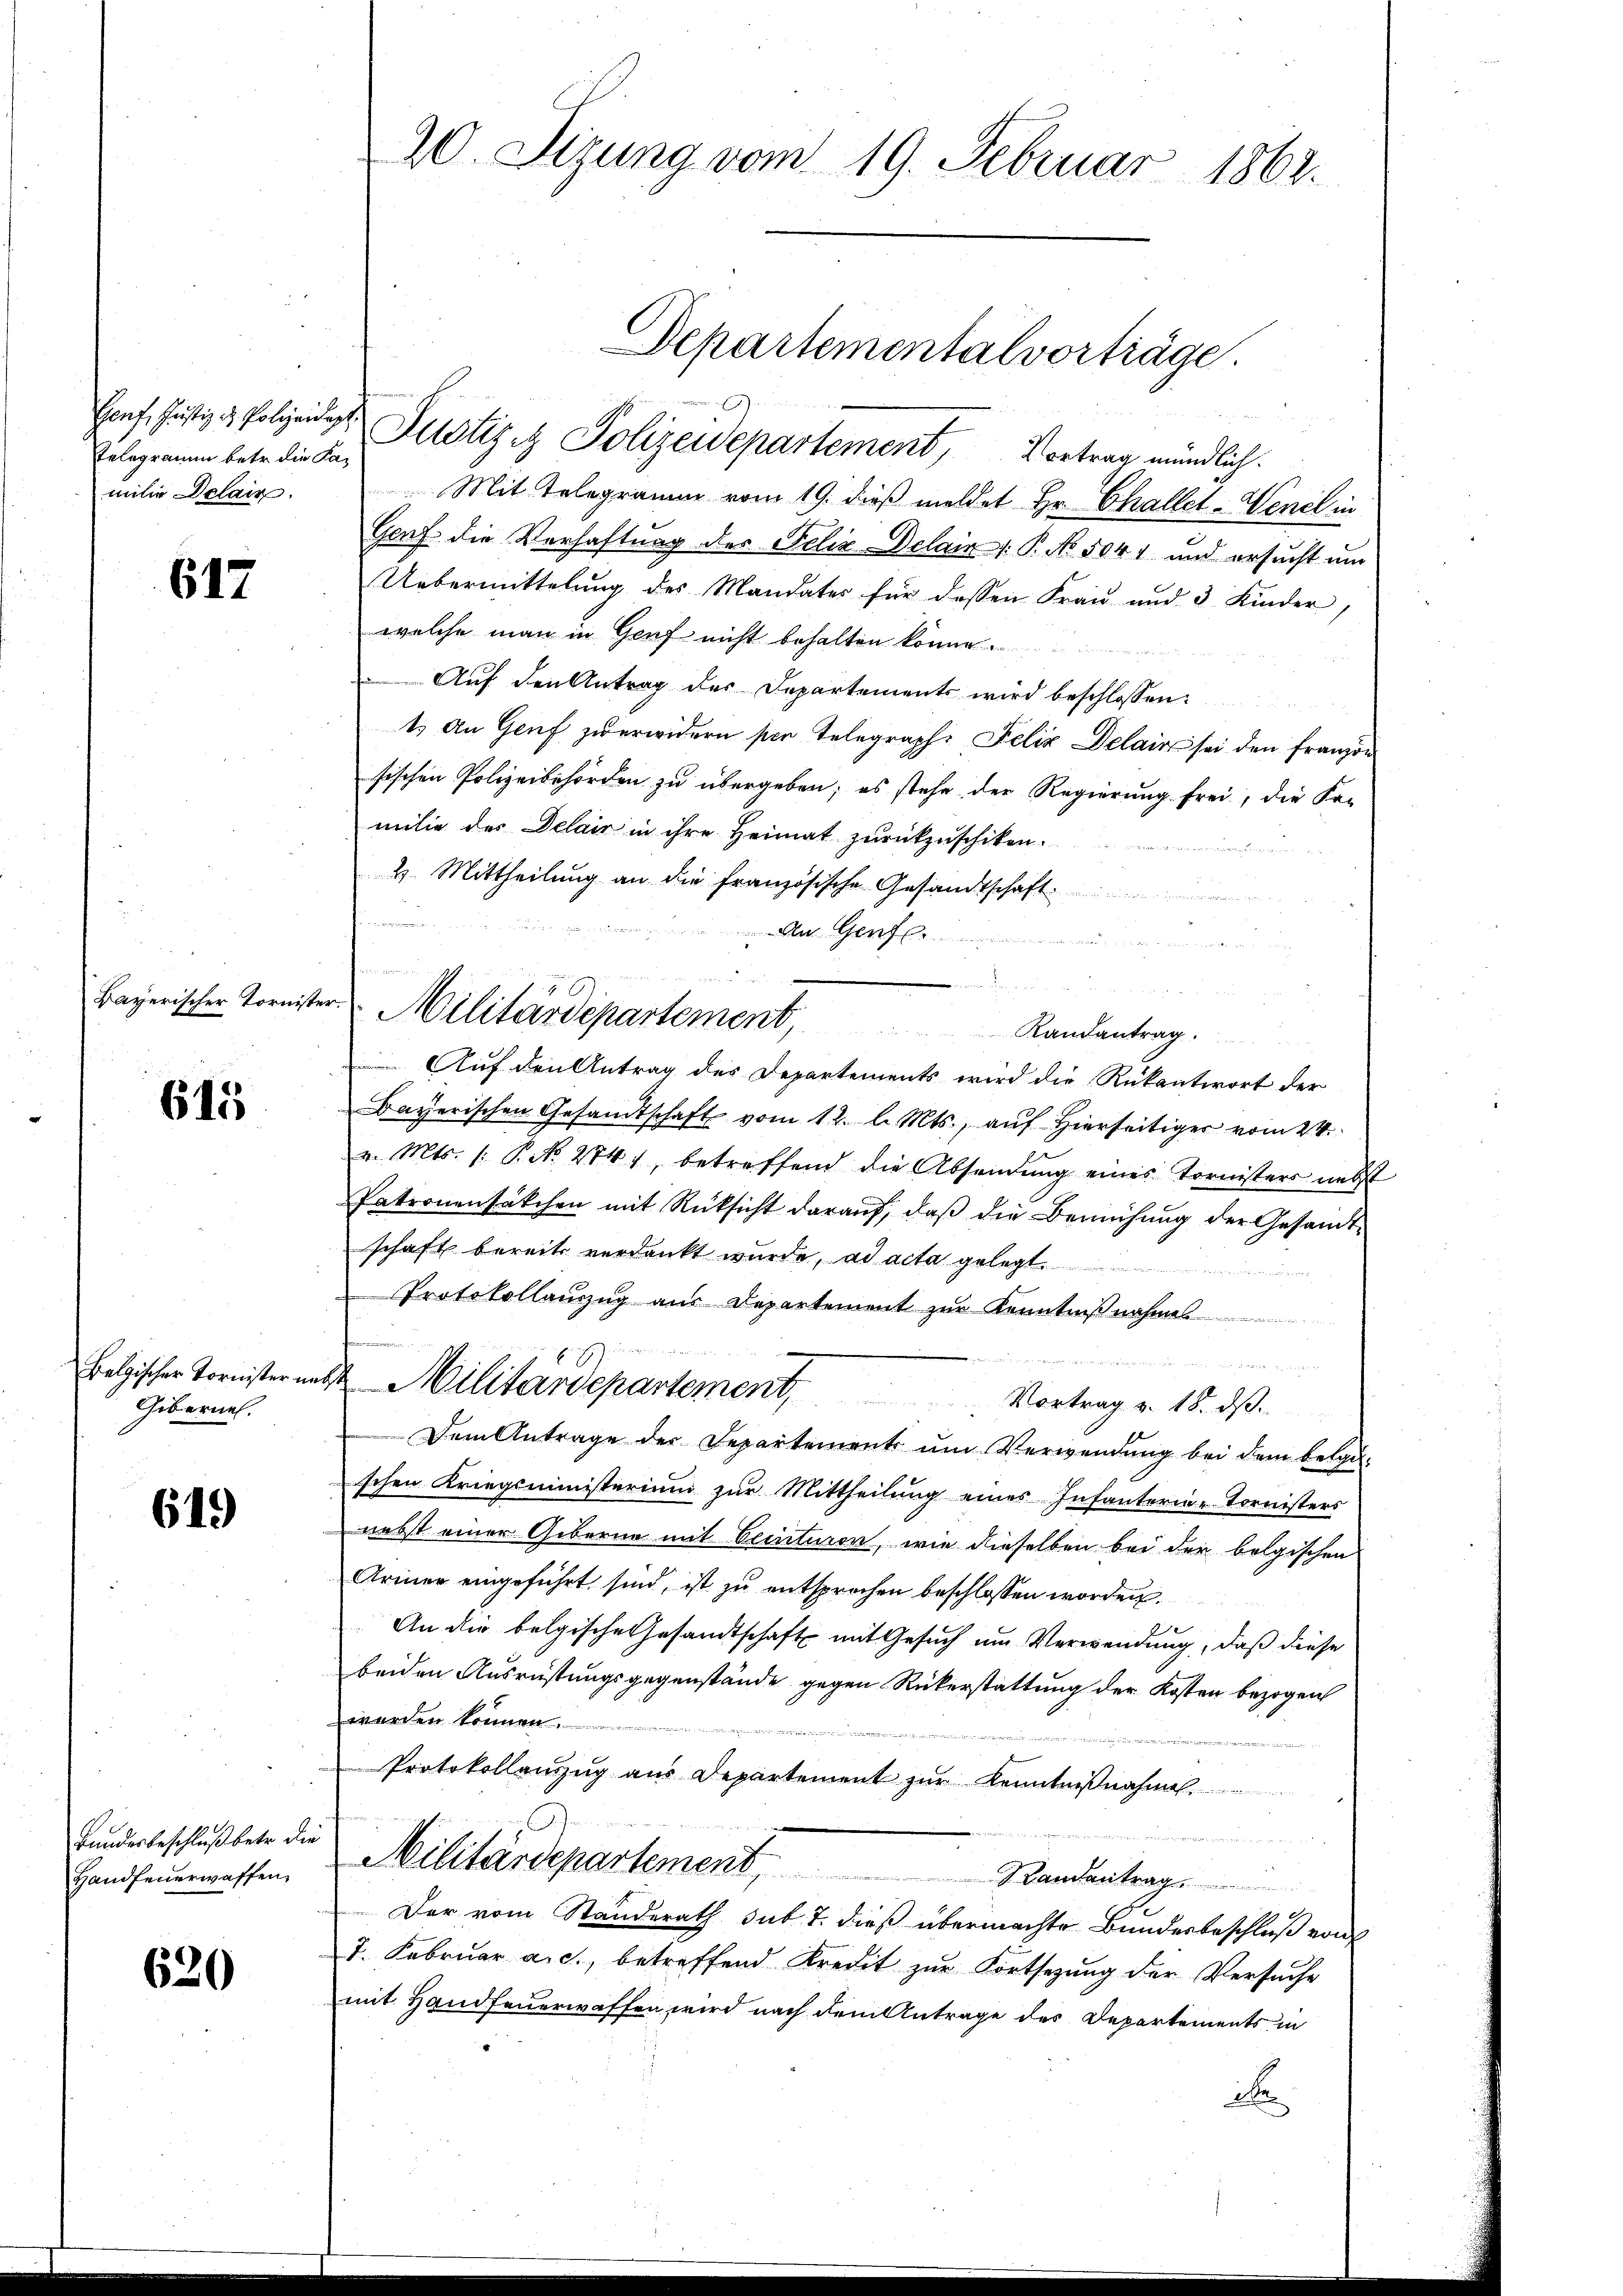
Telegramm betr. die Familie Delais.

617

Bayerischer Tornister.

615

Belgischer Tornister unt
Giberne.

649

Bundesbeschluß betr. die
Handfeuerwaffen.

620

20. Sizung vom 19. Februar 1862.

Honf. Gustiz & Polizeide Perotis et Polizeidepartement, Vortrag mündlich.
Mit Telegramm vom 19. dieß meldet Hr. Challel-Wenzl in
Genf die Verhaftung des Felix Delain /: P. No 5047 und ersucht um
Uebermittelŭng des Mandates für dessen Fraŭ und 3 Kinder,
welche man in Genf nicht behalten könne.
Aŭf den Antrag der Departements wird beschlossen:
t. An Genf zu erwidern per Telegraph Felix Delain sei den Franzon
sischen Polizeibehörden zu übergeben; es stehe der Regierung frei, die Komilie des Delair in ihre Heimat zurückzuschiken.
2. Mittheilung an die französische Gesandtschaft.
i
An Genf.
 h i n g t i sammen eine als
Auf den Antrag des Departements wird die Rükantwort der
Bayerischen Gesandtschaft vom 12. l. Mts., aŭf hierseitiger vom 24.
a. Mts. 1. P. No. 2841, betreffend die Absendung eines Tornisters nebst
Patronenfäkchen mit Rüksicht daraŭf, daβ die Bemühŭng der Gesamt-
schaft bereits verdankt wurde, ad acta gelegt.
Protokollauszug aus Departement zur Kenntnißnahmes

Militärdepartement.
Vortrag v. 18. ds.
Dem Antrage der Departement ŭm Verwendung bei dem belauschen Kriegsministerium zur Mittheilŭng eines Infanterin-Tornisters
nebst einer Geberne mit Eintuiren, wie dieselben bei der bolgischen
Armer eingeführt sind, ist zu entsprochen beschlossen worden.
An die belgische Gesandtschaft mit Gesuch um Verwendung, daß diese
beiden Ausrüstungsgegenstände gegen Rükerstattung der Kosten bezogen
werden können.
Protokollenzug aus Departement zur Kenntnißnahmen.
n
Militärdepartement andentrag
Der vom Standerath sub. 7. dieß übermachte Bundesbeschluß von
7. Februar a. c., betreffend Kredit zŭr Fortsezung der Versuche
mit Handfeuerwaffen wird nach dem Antrage des Departements in
A

u
Militärdepartement, Landantrag.

Departementalvorträge.